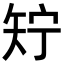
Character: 𬑱